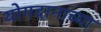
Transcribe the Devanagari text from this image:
योगदानाच्या